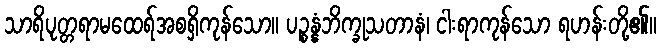
သာရိပုတ္တရာမထေရ်အစရှိကုန်သော။ ပဉ္စန္နံဘိက္ခုသတာနံ၊ ငါးရာကုန်သော ရဟန်းတို့၏။